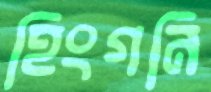
হিংগনি